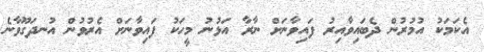
އެކަމަކު އުމުރުން ދެބައިވާއިރު ފައިވާނަށް ނާރާ އަޅުނު މީހަކު ފައިވާނަށް އެރުވުން އުނދަގޫވާނެ